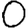
Digit: 0